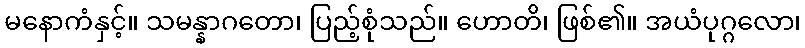
မနောကံနှင့်။ သမန္နာဂတော၊ ပြည့်စုံသည်။ ဟောတိ၊ ဖြစ်၏။ အယံပုဂ္ဂလော၊